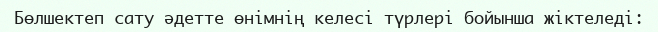
Бөлшектеп сату әдетте өнімнің келесі түрлері бойынша жіктеледі: